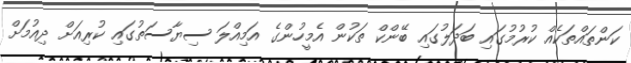
ކަންތައްތަކެއް ކުރުމުގައި ބަދަލުގައި ބޭންކް ތަކުން އެމީހުންގެ އަމިއްލަ ސިޔާސަތުގައި ކުރިއަށް ދިއުމަށް